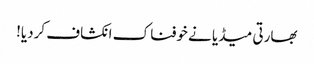
بھارتی میڈیا نے خوفناک انکشاف کردیا!